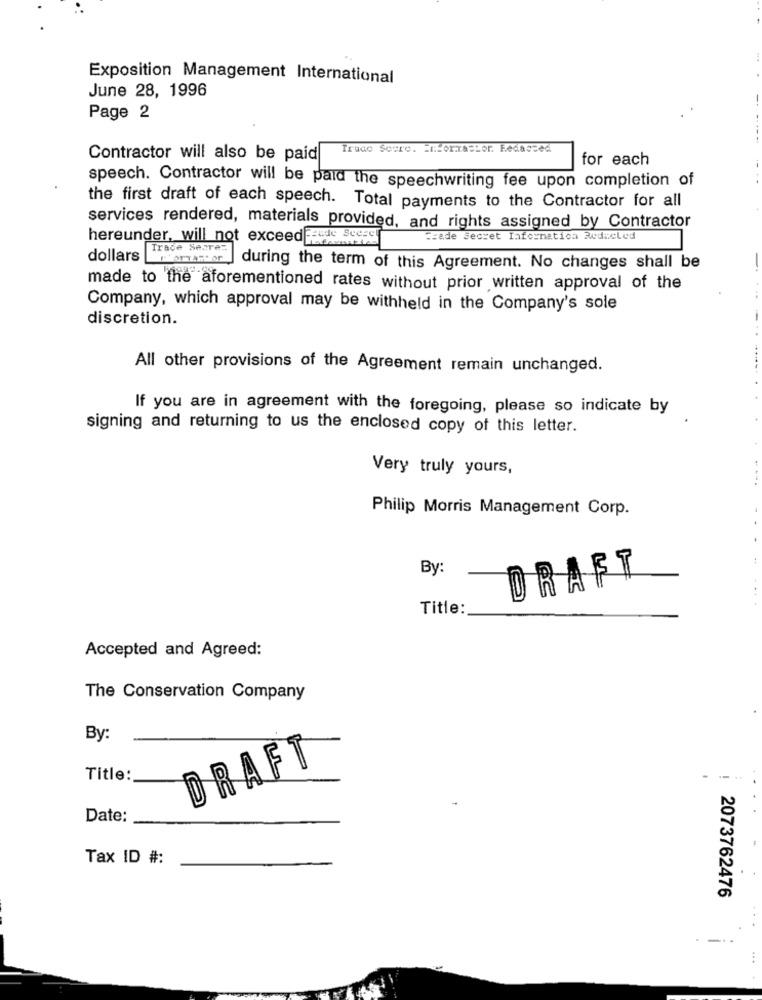
Exposition Management International
June 28, 1996
Page 2
Trace Score. Forrastor. Fedassed
Contractor will also be paid
for each
speech. Contractor will be paid the speechwriting fee upon completion of
the first draft of each speech. Total payments to the Contractor for all
services rendered, materials provided, and rights assigned by Contractor
hereunder, will not exceedFeude Scorch
Frade Secret Informatica Reducled
Trace Secre:
dollars
during the term of this Agreement. No changes shall be
made to the aforementioned rates without prior written approval of the
Company, which approval may be withheld in the Company's sole
discretion.
All other provisions of the Agreement remain unchanged.
If you are in agreement with the foregoing, please so indicate by
signing and returning to us the enclosed copy of this letter.
Very truly yours,
Philip Morris Management Corp.
By:
DRAFT
.+
Title:
Accepted and Agreed:
The Conservation Company
By:
DRAFT
Title:
---
Date:
Tax ID #:
2073762476
---